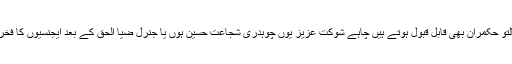
جمہوریت کا لبادے اوڑھے پالتو حکمران بھی قابل قبول ہوتے ہیں چاہے شوکت عزیز یوں چوہدری شجاعت حسین ہوں یا جنرل ضیا الحق کے بعد ایجنسیوں کا فخر بننے والے نواز شریف ہوں ۔